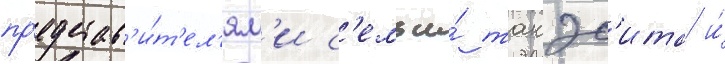
пр'едстав'и́т'ел'ям'и с'емьи́ такэс'ита и́